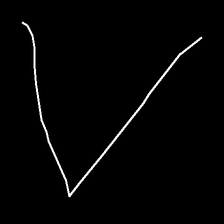
Glyph: region